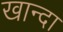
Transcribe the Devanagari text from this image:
खान्दा